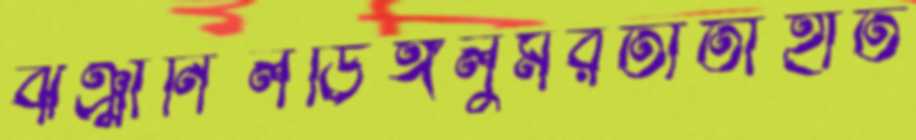
ঝঞ্ঝানিলডিঙ্গলুমরতাতাঁহাত